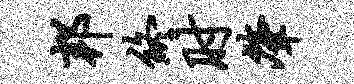
邦终肘肇